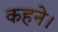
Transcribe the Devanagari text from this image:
कहने।